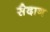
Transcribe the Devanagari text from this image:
सैदान